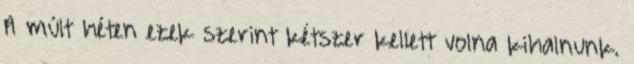
A múlt héten ezek szerint kétszer kellett volna kihalnunk.